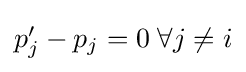
{\textstyle p_{j}'-p_{j}=0\;\forall j\neq i}